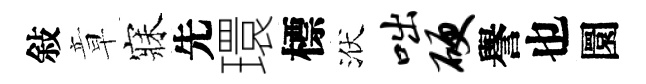
敍章寐先環標洑咄硬譽也圜